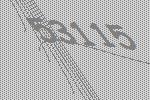
53115